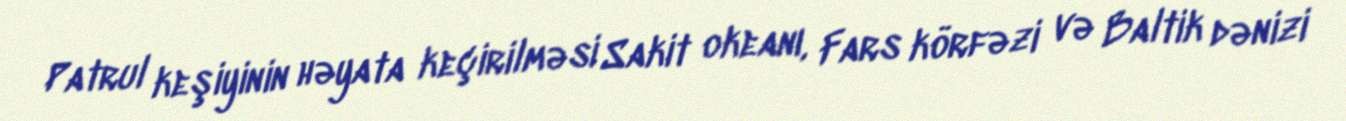
Patrul keşiyinin həyata keçirilməsi Sakit okeanı, Fars körfəzi və Baltik dənizi